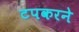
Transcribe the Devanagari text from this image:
टपकरने